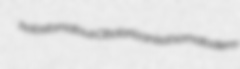
holostomatous Obolaria anisal somatoderm